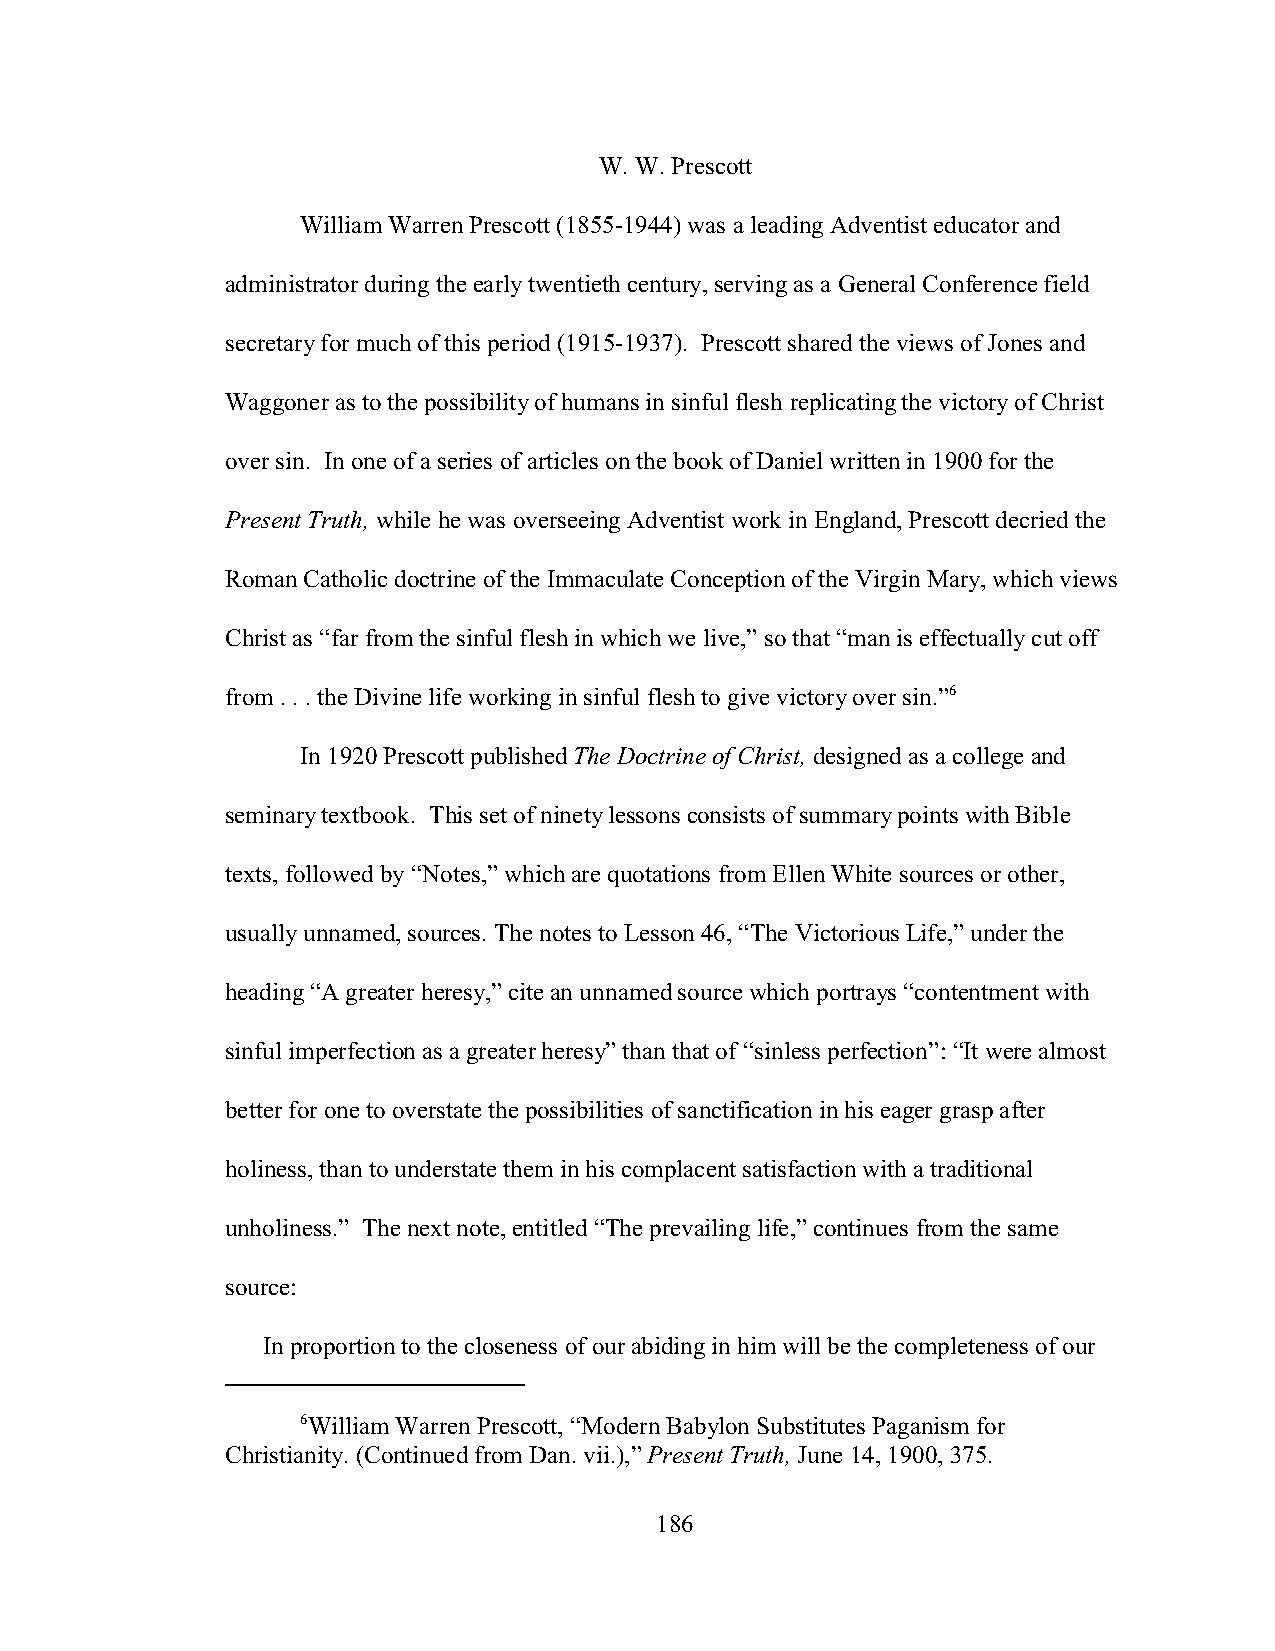
W. W. Prescott
 William Warren Prescott (1855-1944) was a leading Adventist educator and
 administrator during the early twentieth century, serving as a General Conference field
 secretary for much of this period (1915-1937). Prescott shared the views of Jones and
 Waggoner as to the possibility of humans in sinful flesh replicating the victory of Christ
 over sin. In one of a series of articles on the book of Daniel written in 1900 for the
 Present Truth, while he was overseeing Adventist work in England, Prescott decried the
 Roman Catholic doctrine of the Immaculate Conception of the Virgin Mary, which views
 Christ as “far from the sinful flesh in which we live,” so that “man is effectually cut off
 from . . . the Divine life working in sinful flesh to give victory over sin.”6
 In 1920 Prescott published The Doctrine of Christ, designed as a college and
 seminary textbook. This set of ninety lessons consists of summary points with Bible
 texts, followed by “Notes,” which are quotations from Ellen White sources or other,
 usually unnamed, sources. The notes to Lesson 46, “The Victorious Life,” under the
 heading “A greater heresy,” cite an unnamed source which portrays “contentment with
 sinful imperfection as a greater heresy” than that of “sinless perfection”: “It were almost
 better for one to overstate the possibilities of sanctification in his eager grasp after
 holiness, than to understate them in his complacent satisfaction with a traditional
 unholiness.” The next note, entitled “The prevailing life,” continues from the same
 source:
 In proportion to the closeness of our abiding in him will be the completeness of our
 6William Warren Prescott, “Modern Babylon Substitutes Paganism for
 Christianity. (Continued from Dan. vii.),” Present Truth, June 14, 1900, 375.
 186